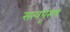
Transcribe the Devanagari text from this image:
सत्यपुरुष